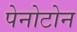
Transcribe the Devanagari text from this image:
पेनोटोन